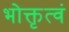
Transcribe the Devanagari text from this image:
भोक्तृत्वं